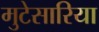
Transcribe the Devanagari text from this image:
मुटेसारिया